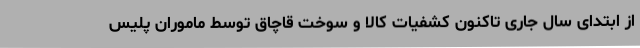
از ابتدای سال جاری تاکنون کشفیات کالا و سوخت قاچاق توسط ماموران پلیس